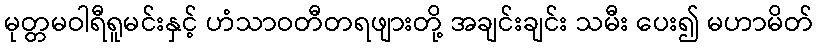
မုတ္တမဝါရီရူမင်းနှင့် ဟံသာဝတီတရဖျားတို့ အချင်းချင်း သမီး ပေး၍ မဟာမိတ်